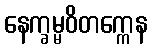
နေက္ခမ္မဝိတက္ကေန